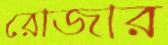
রোজার